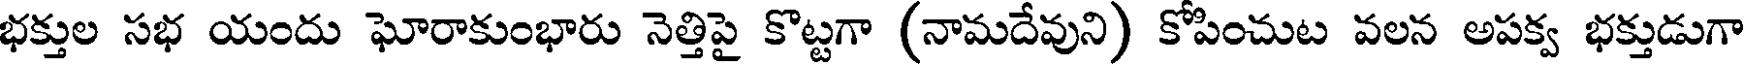
భక్తుల సభ యందు ఘోరాకుంభారు నెత్తిపై కొట్టగా (నామదేవుని) కోపించుట వలన అపక్వ భక్తుడుగా